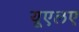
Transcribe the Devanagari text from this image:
यूएलए